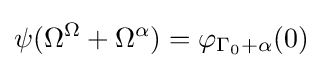
\psi (\Omega ^{\Omega }+\Omega ^{\alpha })=\varphi _{\Gamma _{0}+\alpha }(0)